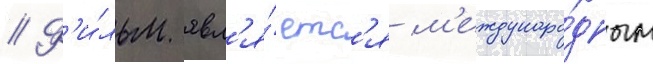
// Ф'и́льм явл'я́етс'я м'еждунаро́дным